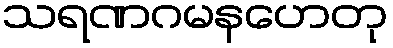
သရဏဂမနဟေတု